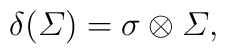
\delta({\mit\Sigma})=\sigma\otimes{\mit\Sigma},